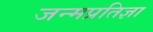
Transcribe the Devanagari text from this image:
जन्मप्रतिज्ञा